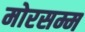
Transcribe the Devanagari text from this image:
मोरसम्म